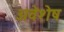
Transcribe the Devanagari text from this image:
अवेशेष